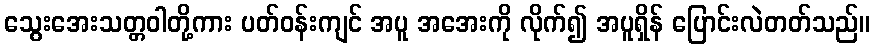
သွေးအေးသတ္တဝါတို့ကား ပတ်ဝန်းကျင် အပူ အအေးကို လိုက်၍ အပူရှိန် ပြောင်းလဲတတ်သည်။